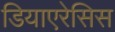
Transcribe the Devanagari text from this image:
डियाएरेसिस